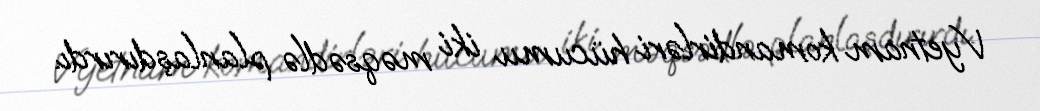
Vyetnam komandirləri hücumu iki məqsədlə planlaşdırırdı.